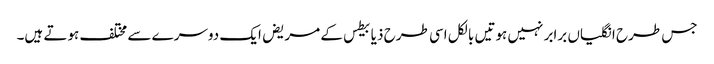
جس طرح انگلیاں برابر نہیں ہوتیں بالکل اسی طرح ذیابیطس کے مریض ایک دوسرے سے مختلف ہوتے ہیں۔